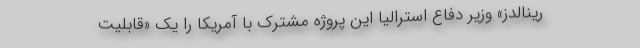
رینالدز» وزیر دفاع استرالیا این پروژه مشترک با آمریکا را یک «قابلیت